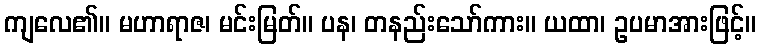
ကျလေ၏။ မဟာရာဇ၊ မင်းမြတ်။ ပန၊ တနည်းသော်ကား။ ယထာ၊ ဥပမာအားဖြင့်။